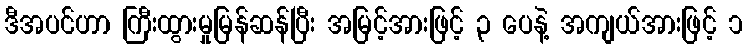
ဒီအပင်ဟာ ကြီးထွားမှုမြန်ဆန်ပြီး အမြင့်အားဖြင့် ၃ ပေနဲ့ အကျယ်အားဖြင့် ၁